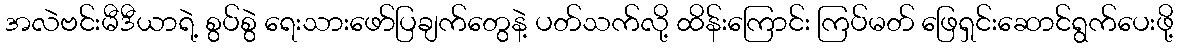
အလဲဗင်းမီဒီယာရဲ့ စွပ်စွဲ ရေးသားဖော်ပြချက်တွေနဲ့ ပတ်သက်လို့ ထိန်းကြောင်း ကြပ်မတ် ဖြေရှင်းဆောင်ရွက်ပေးဖို့